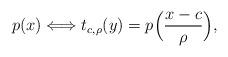
LaTeX: \begin{align*}p(x)\Longleftrightarrow t_{c,\rho}(y)=p\Big(\frac{x-c}{\rho}\Big),\end{align*}